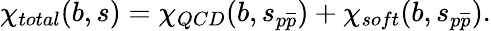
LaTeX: \chi_{total}(b,s)=\chi_{QCD}(b,s_{p\overline{{{p}}}})+\chi_{soft}(b,s_{p\overline{{{p}}}}).